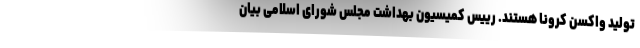
تولید واکسن کرونا هستند. رییس کمیسیون بهداشت مجلس شورای اسلامی بیان